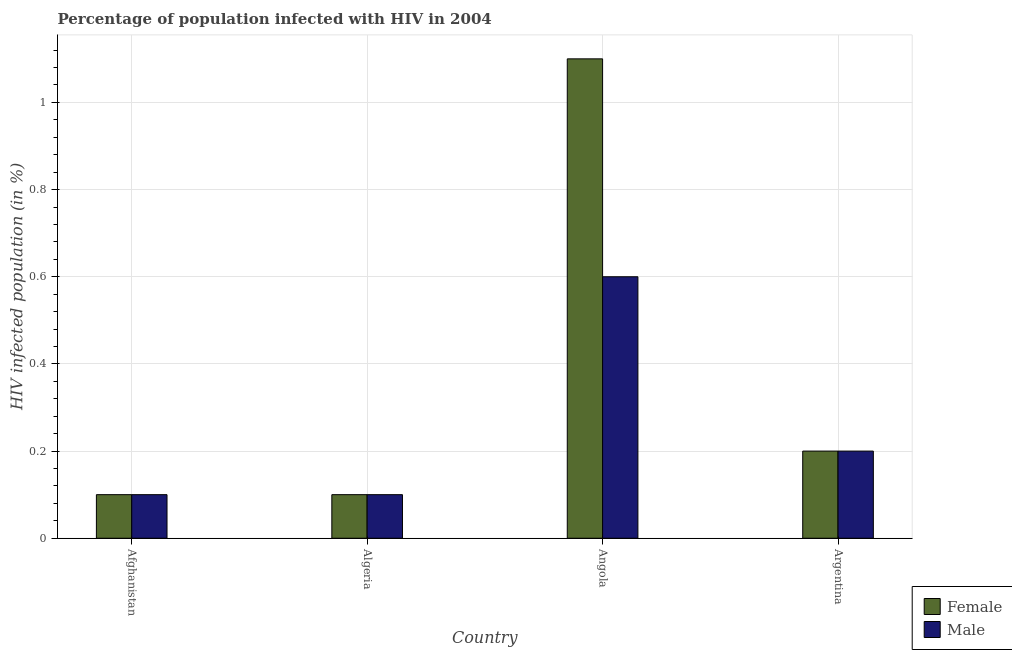
| Country | Female | Male |
 | --- | --- | --- |
 | Afghanistan | 0.1 | 0.1 |
 | Algeria | 0.1 | 0.1 |
 | Angola | 1.1 | 0.6 |
 | Argentina | 0.2 | 0.2 |